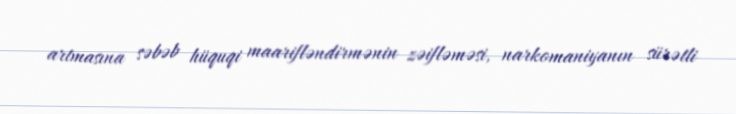
artmasına səbəb hüquqi maarifləndirmənin zəifləməsi, narkomaniyanın sürətli